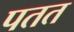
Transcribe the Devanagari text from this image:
पतत